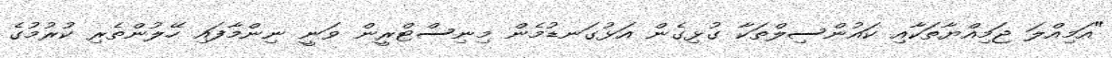
"އަމިއްލަ ޖަމިއްޔާތަކާއި ކައުންސިލްތަކާ ގުޅިގެން އަޅުގަނޑުމެން މިނިސްޓްރީން ވަނީ ނިންމާފައި ހޭލުންތެރި ކުރުމުގެ